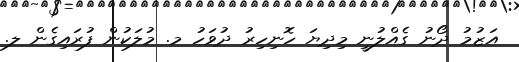
އަޒުމު ދޯނު ގެއްލުނީ މިދިޔަ ހޮނިހިރު ދުވަހު މ. މުލަކުން ފުރައިގެން ލ.